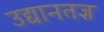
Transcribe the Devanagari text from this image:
उद्यानतज्ञ